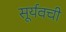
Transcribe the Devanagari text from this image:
सूर्यवची